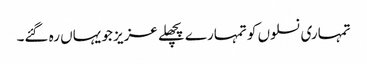
تمہاری نسلوں کو تمہارے پچھلے عزیز جو یہاں رہ گئے۔